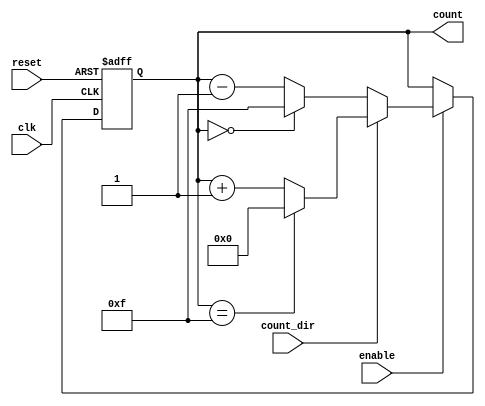
module binary_counter (
    input wire clk,        // Clock input
    input wire reset,      // Asynchronous reset input
    input wire enable,     // Enable signal
    input wire count_dir,  // Count direction: 1 for up, 0 for down
    output reg [n-1:0] count // n-bit output count
);
    parameter n = 4;  // Define the width of the counter (for a 4-bit counter)

    // On the rising edge of the clock
    always @(posedge clk or posedge reset) begin
        if (reset) begin
            count <= 0;  // Reset count to zero
        end else if (enable) begin
            if (count_dir) begin
                // Count up
                if (count == (2**n - 1)) begin
                    count <= 0; // Wrap around
                end else begin
                    count <= count + 1; // Increment count
                end
            end else begin
                // Count down
                if (count == 0) begin
                    count <= (2**n - 1); // Wrap around on down counting
                end else begin
                    count <= count - 1; // Decrement count
                end
            end
        end
    end
endmodule